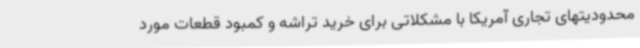
محدودیتهای تجاری آمریکا با مشکلاتی برای خرید تراشه و کمبود قطعات مورد